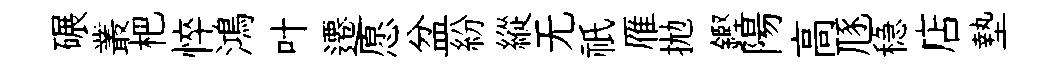
碾叢杷悴鴻叶遷愿盆紛縱无祇雁拋鏗陽高豗稳店墊